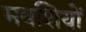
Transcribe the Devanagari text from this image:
मवशियों